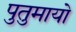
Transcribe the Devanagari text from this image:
पुतुमायो